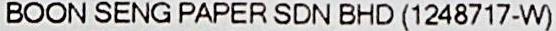
BOON SENG PAPER SDN BHD (1248717-W)